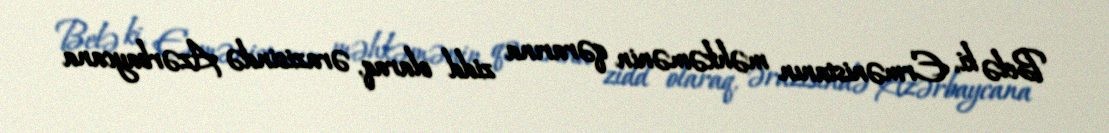
Belə ki, Ermənistanın məhkəmənin qərarına zidd olaraq, ərazisində Azərbaycana